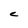
Character: C